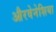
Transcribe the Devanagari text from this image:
औरवेनेशिया